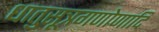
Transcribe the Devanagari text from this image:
धातुसूत्रगणोणादि